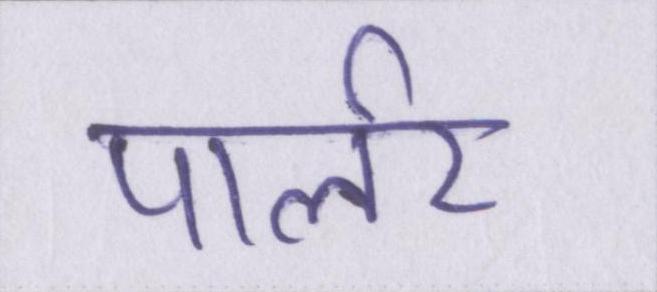
पार्लर